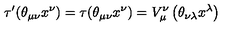
\tau ^ { \prime } ( \theta _ { \mu \nu } x ^ { \nu } ) = \tau ( \theta _ { \mu \nu } x ^ { \nu } ) = V _ { \mu } ^ { \nu } \left( \theta _ { \nu \lambda } x ^ { \lambda } \right)